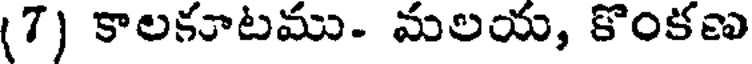
(7) కాలకూటము- మలయ, కొంకణ